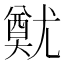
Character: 𡰙